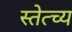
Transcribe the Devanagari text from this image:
स्तेत्च्य